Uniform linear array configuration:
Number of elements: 8
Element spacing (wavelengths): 1
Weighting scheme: uniform
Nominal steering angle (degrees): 45
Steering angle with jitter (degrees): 44.856
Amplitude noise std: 0.05
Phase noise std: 0.05

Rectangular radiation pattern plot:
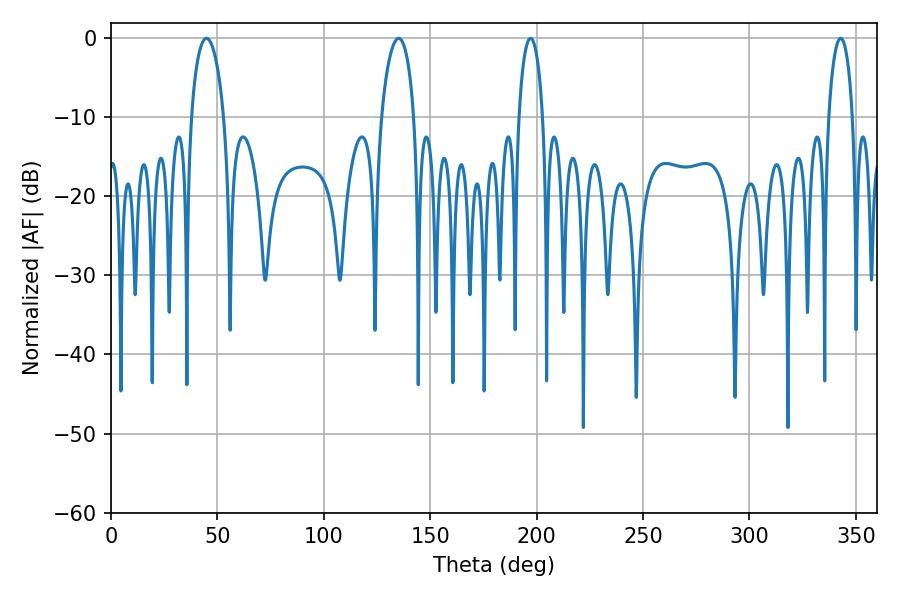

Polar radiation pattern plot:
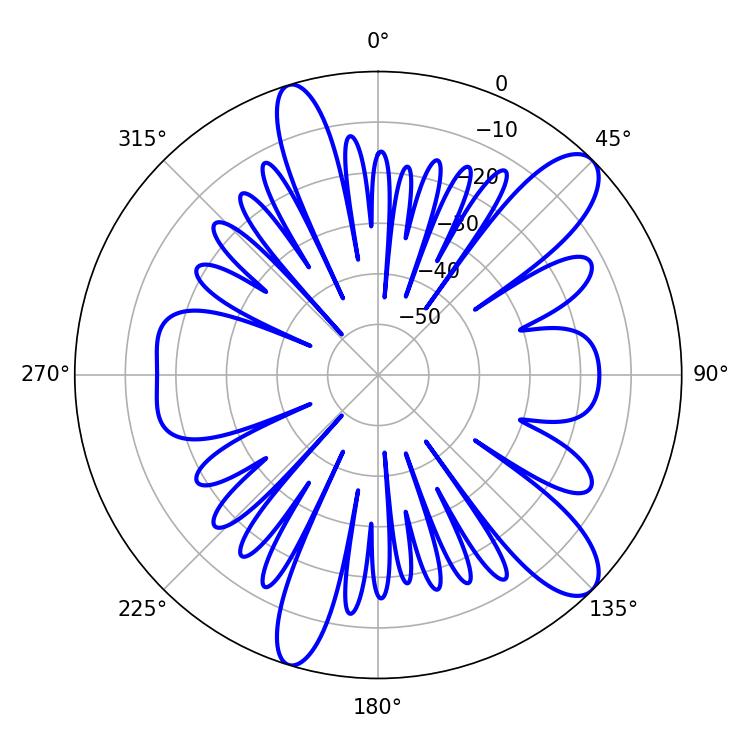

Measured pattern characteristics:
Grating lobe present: TRUE
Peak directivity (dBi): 11.043
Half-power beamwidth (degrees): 8.64
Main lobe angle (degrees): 44.82